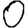
Digit: 0